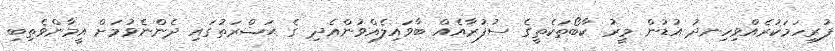
ފުރިހަމަކުރެއްވިހިނދު އުޑުން މީރު ކާބޯތަކެތީގެ ސުފުރާއެއް ބާވައިލެއްވުންއެދި ގެ ޙަޟްރަތުގައި ދެންނެވުމަށް އީމާންވެތިބި